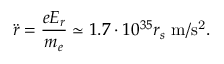
\ddot { r } = \frac { e E _ { r } } { m _ { e } } \simeq 1 . 7 \cdot 1 0 ^ { 3 5 } r _ { s } ~ \mathrm { m / s ^ { 2 } } .